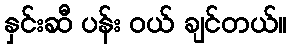
နှင်းဆီ ပန်း ဝယ် ချင်တယ်။